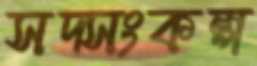
সদ্সংকল্প